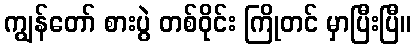
ကျွန်တော် စားပွဲ တစ်ဝိုင်း ကြိုတင် မှာပြီးပြီ။